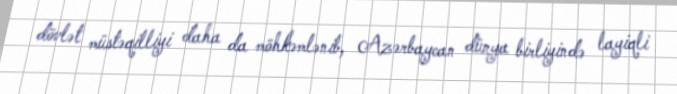
dövlət müstəqilliyi daha da möhkəmlənib, Azərbaycan dünya birliyində layiqli